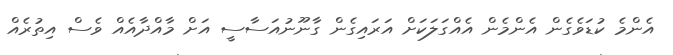
އެންމެ ކުޑަވެގެން އެންމެން އެއްގަލަކަށް އަރައިގެން ގާނޫނުއަސާސީ އަށް މާއްދާއެއް ވެސް އިތުރެއް